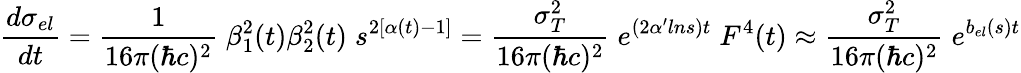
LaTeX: \frac{d\sigma_{el}}{dt}=\frac{1}{16\pi(\hbar c)^{2}}\; \beta_{1}^{2}(t)\beta_{2}^{2}(t)\; s^{2[\alpha(t)-1]}=\frac{\sigma_{T}^{2}}{16\pi(\hbar c)^{2}}\; e^{(2\alpha^{\prime}ln{s})t}\; F^{4}(t)\approx\frac{\sigma_{T}^{2}}{16\pi(\hbar c)^{2}}\; e^{b_{el}(s)t}